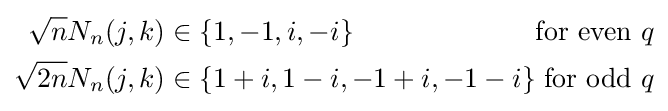
{\begin{alignedat}{3}{\sqrt {n}}N_{n}(j,k)&\in \{1,-1,i,-i\}&{\text{for even }}q\\{\sqrt {2n}}N_{n}(j,k)&\in \{1+i,1-i,-1+i,-1-i\}&{\text{for odd }}q\\\end{alignedat}}